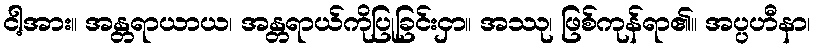
ငါ့အား။ အန္တရာယာယ၊ အန္တရာယ်ကိုပြုခြင်းငှာ။ အဿု၊ ဖြစ်ကုန်ရာ၏။ အပ္ပဟီနာ၊